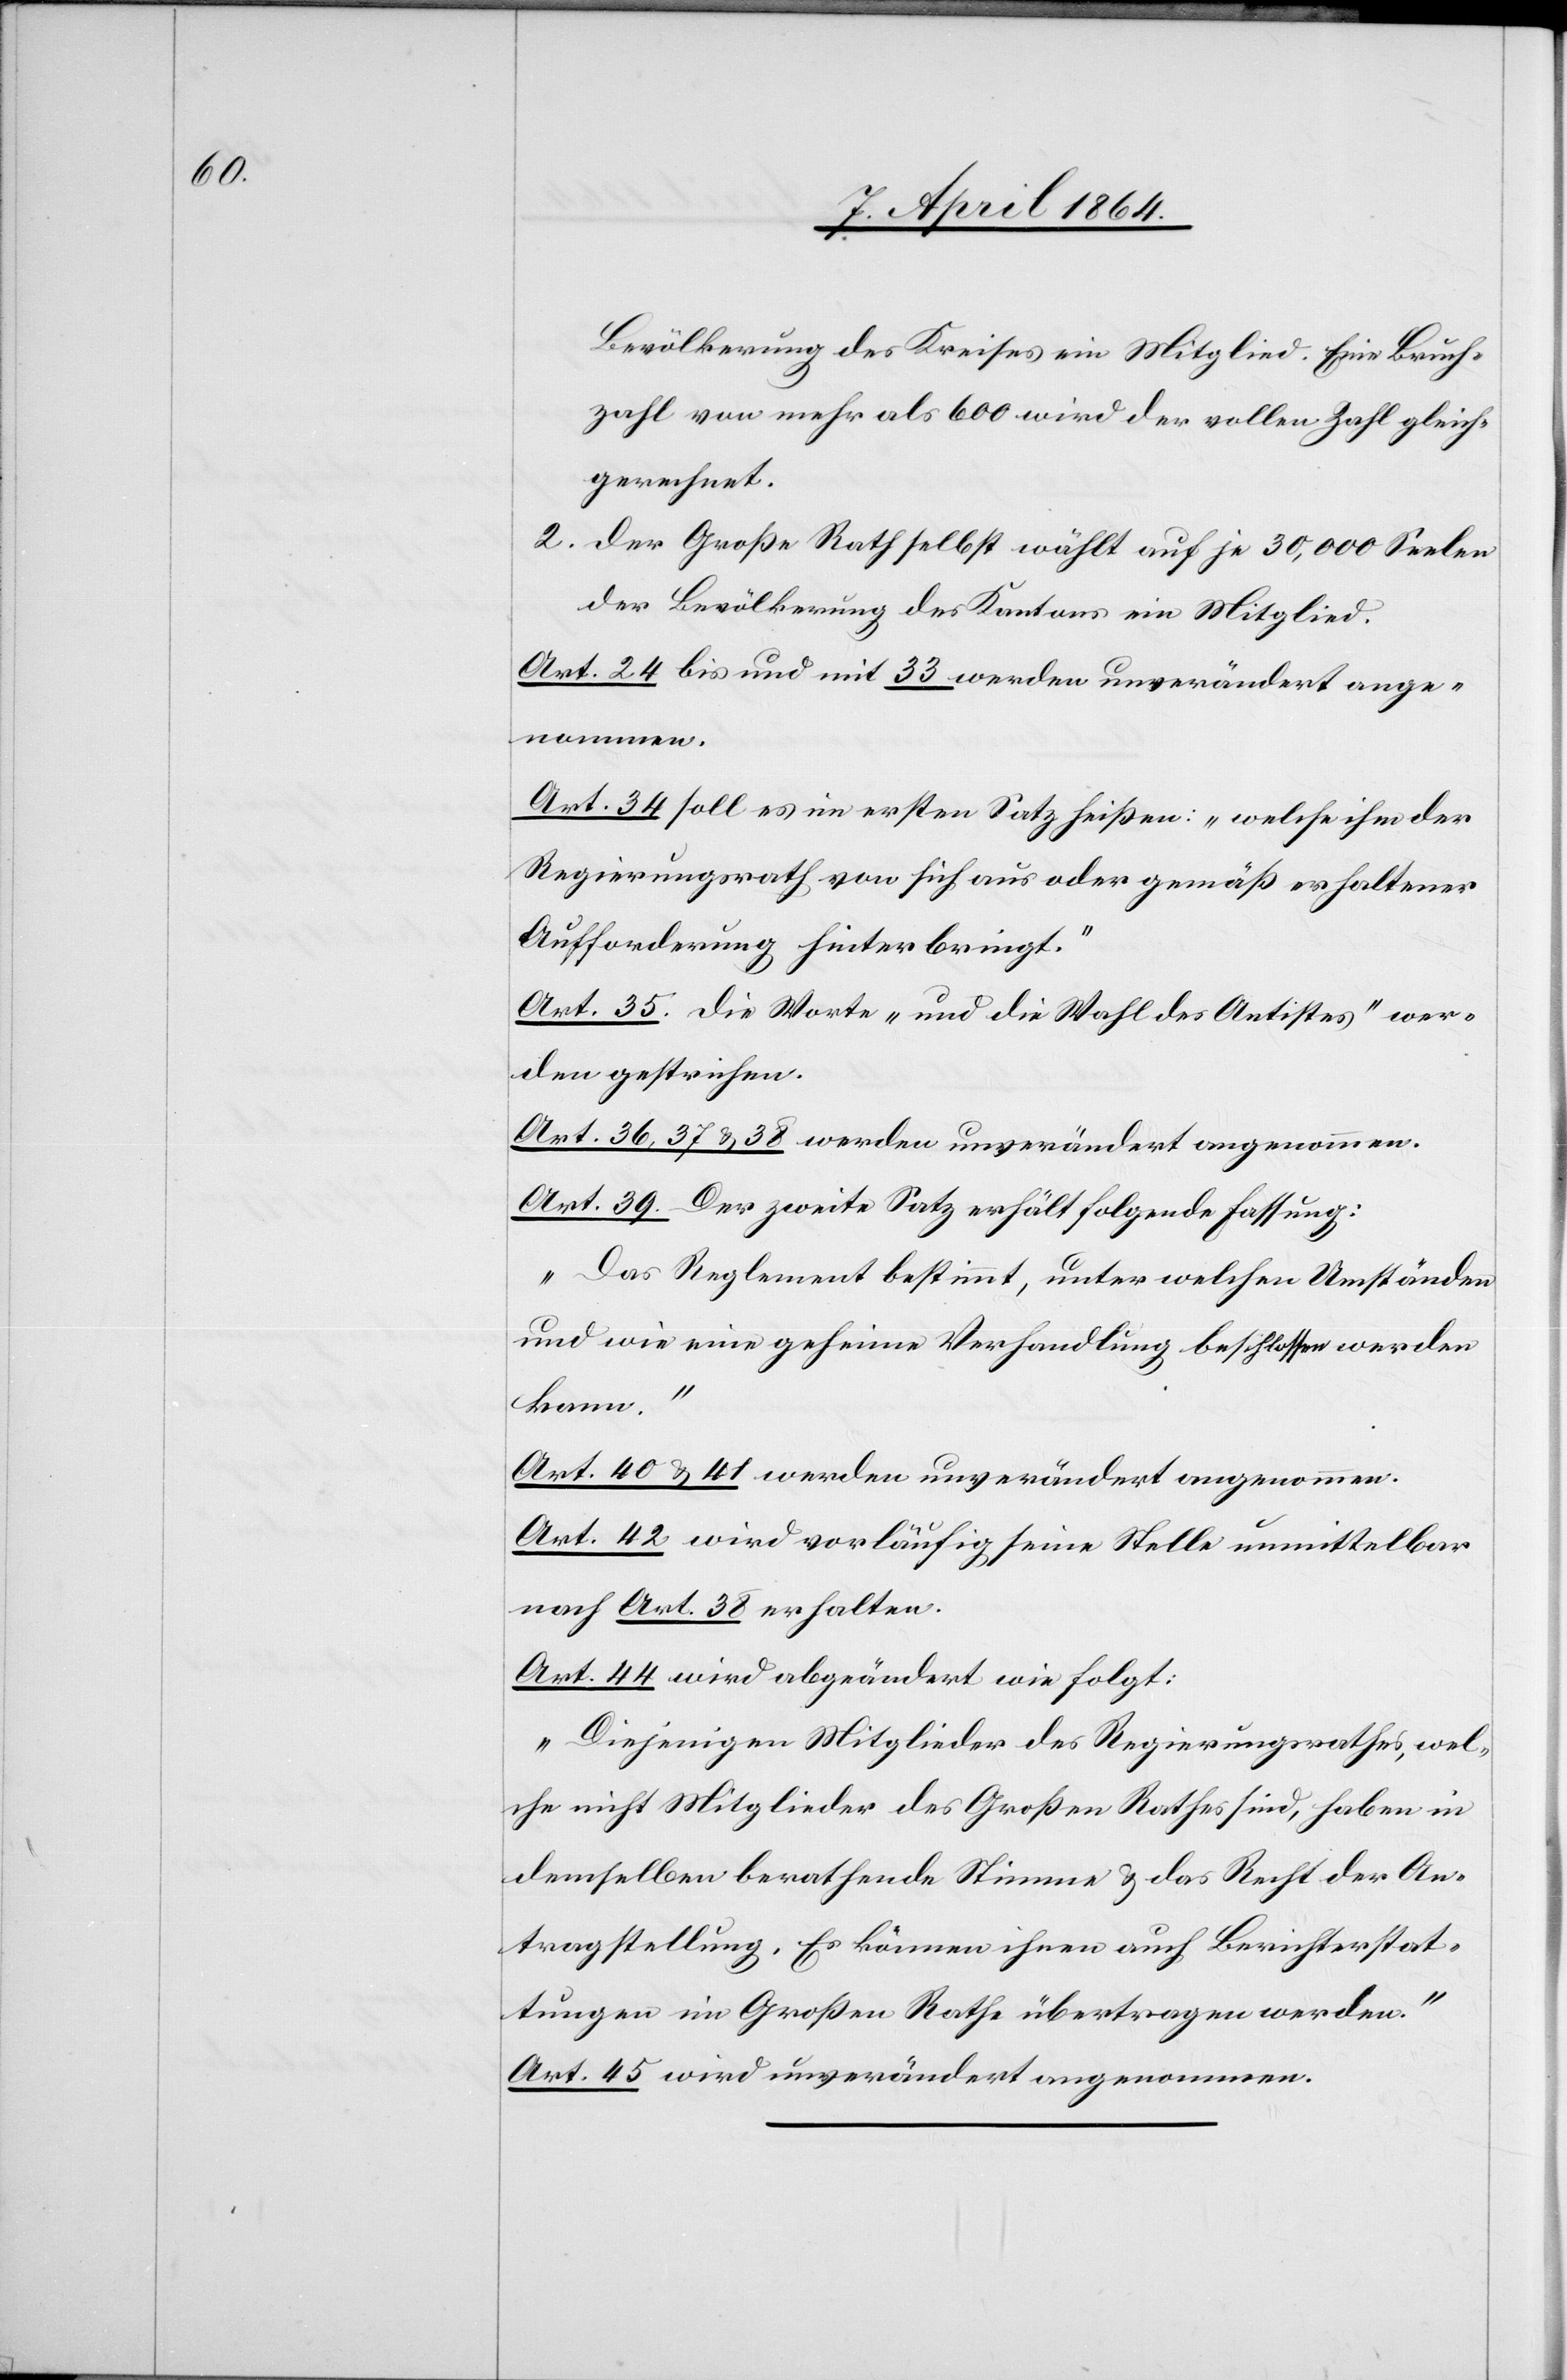
Bevölkerung des Kreises ein Mitglied. Eine Bruch¬
zahl von mehr als 600 wird der vollen Zahl gleich¬
gerechnet.
2. Der Große Rath selbst wählt auf je 30,000 Seelen
der Bevölkerung des Kantons ein Mitglied.
Art. 24 bis und mit 33 werden unverändert ange¬
nommen.
Art. 34 soll es im ersten Satz heißen: „welche ihm der
Regierungsrath von sich aus oder gemäß erhaltener
Aufforderung hinterbringt.“
Art. 35. Die Worte „und die Wahl des Antistes“ wer¬
den gestrichen.
Art. 36, 37 u. 38 werden unverändert angenommen.
Art. 39. Der zweite Satz erhält folgende Fassung:
„Das Reglement bestimmt, unter welchen Umständen
und wie eine geheime Verhandlung beschlossen werden
kann.“
Art. 40 u. 41 werden unverändert angenommen.
Art. 42 wird vorläufig seine Stelle unmittelbar
nach Art. 38 erhalten.
Art. 44 wird abgeändert wie folgt:
„Diejenigen Mitglieder des Regierungsrathes, wel¬
che nicht Mitglieder des Großen Rathes sind, haben in
demselben berathende Stimme u. das Recht der An¬
tragstellung. Es können ihnen auch Berichterstat¬
tungen im Großen Rath übertragen werden.“
Art. 45 wird unverändert angenommen.